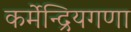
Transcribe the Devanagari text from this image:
कर्मेन्द्रियगणा